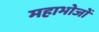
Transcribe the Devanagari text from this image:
महाभोजों